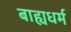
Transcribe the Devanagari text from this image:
बाह्यधर्म